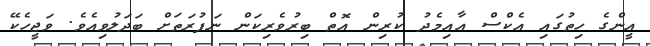
އީންގެ ހިތުގައި އެކްސް އާއިމެދު ކުރިން އޮތް ބިރުވެރިކަން ނަފުރަތަށް ބަދަލުވިއެވެ. ވަޖީހެކޭ